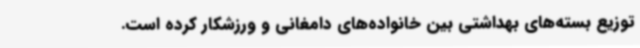
توزیع بسته‌های بهداشتی بین خانواده‌های دامغانی و ورزشکار کرده است.